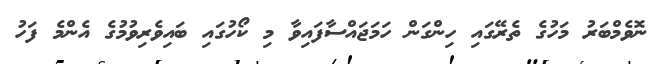
ނޮވެމްބަރު މަހުގެ ތެރޭގައި ހިންގަން ހަމަޖައްސާފައިވާ މި ކޯހުގައި ބައިވެރިވުމުގެ އެންމެ ފަހު